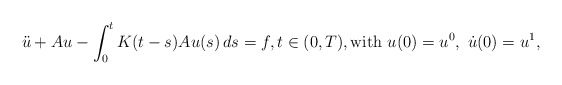
\begin{align*} \ddot u+A u-\int_0^t K(t-s)Au(s)\,ds=f, t \in (0,T), {\rm with} \ u(0)=u^0,\ \dot{u}(0)=u^1,\end{align*}